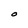
Character: O